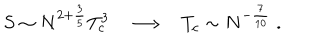
LaTeX: S \sim N ^ { 2 + \frac { 3 } { 5 } } T _ { c } ^ { 3 } \longrightarrow T _ { c } \sim N ^ { - \frac { 7 } { 1 0 } } \; .